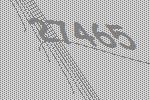
27465